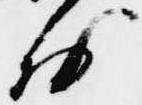
於